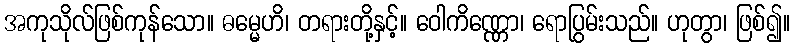
အကုသိုလ်ဖြစ်ကုန်သော။ ဓမ္မေဟိ၊ တရားတို့နှင့်။ ဝေါကိဏ္ဏော၊ ရောပြွမ်းသည်။ ဟုတွာ၊ ဖြစ်၍။